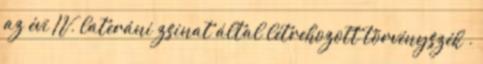
az évi IV. lateráni zsinat által létrehozott törvényszék .